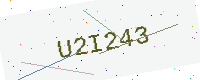
Text: U2I243